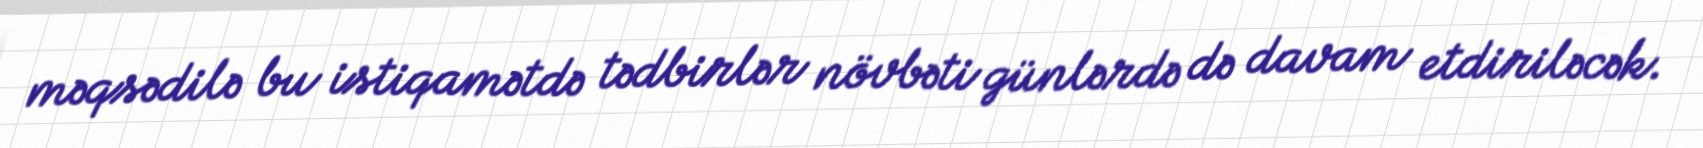
məqsədilə bu istiqamətdə tədbirlər növbəti günlərdə də davam etdiriləcək.